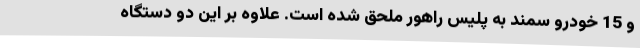
و 15 خودرو سمند به پلیس راهور ملحق شده است. علاوه بر این دو دستگاه